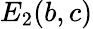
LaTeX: E_{2}(b,c)